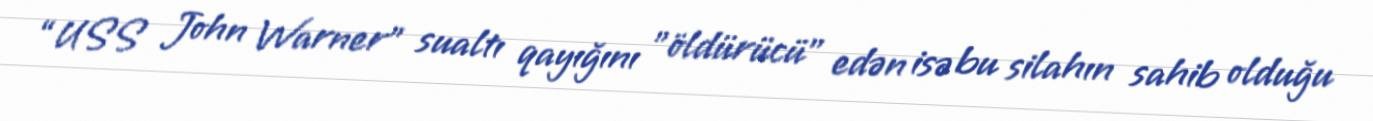
“USS John Warner” sualtı qayığını "öldürücü" edən isə bu silahın sahib olduğu